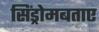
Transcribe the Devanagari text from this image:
सिंड्रोमबताए